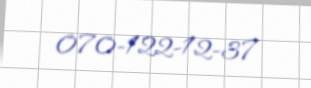
070-122-12-37